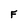
Character: F